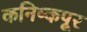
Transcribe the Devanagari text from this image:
कनिष्कपूर